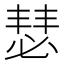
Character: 𪬇